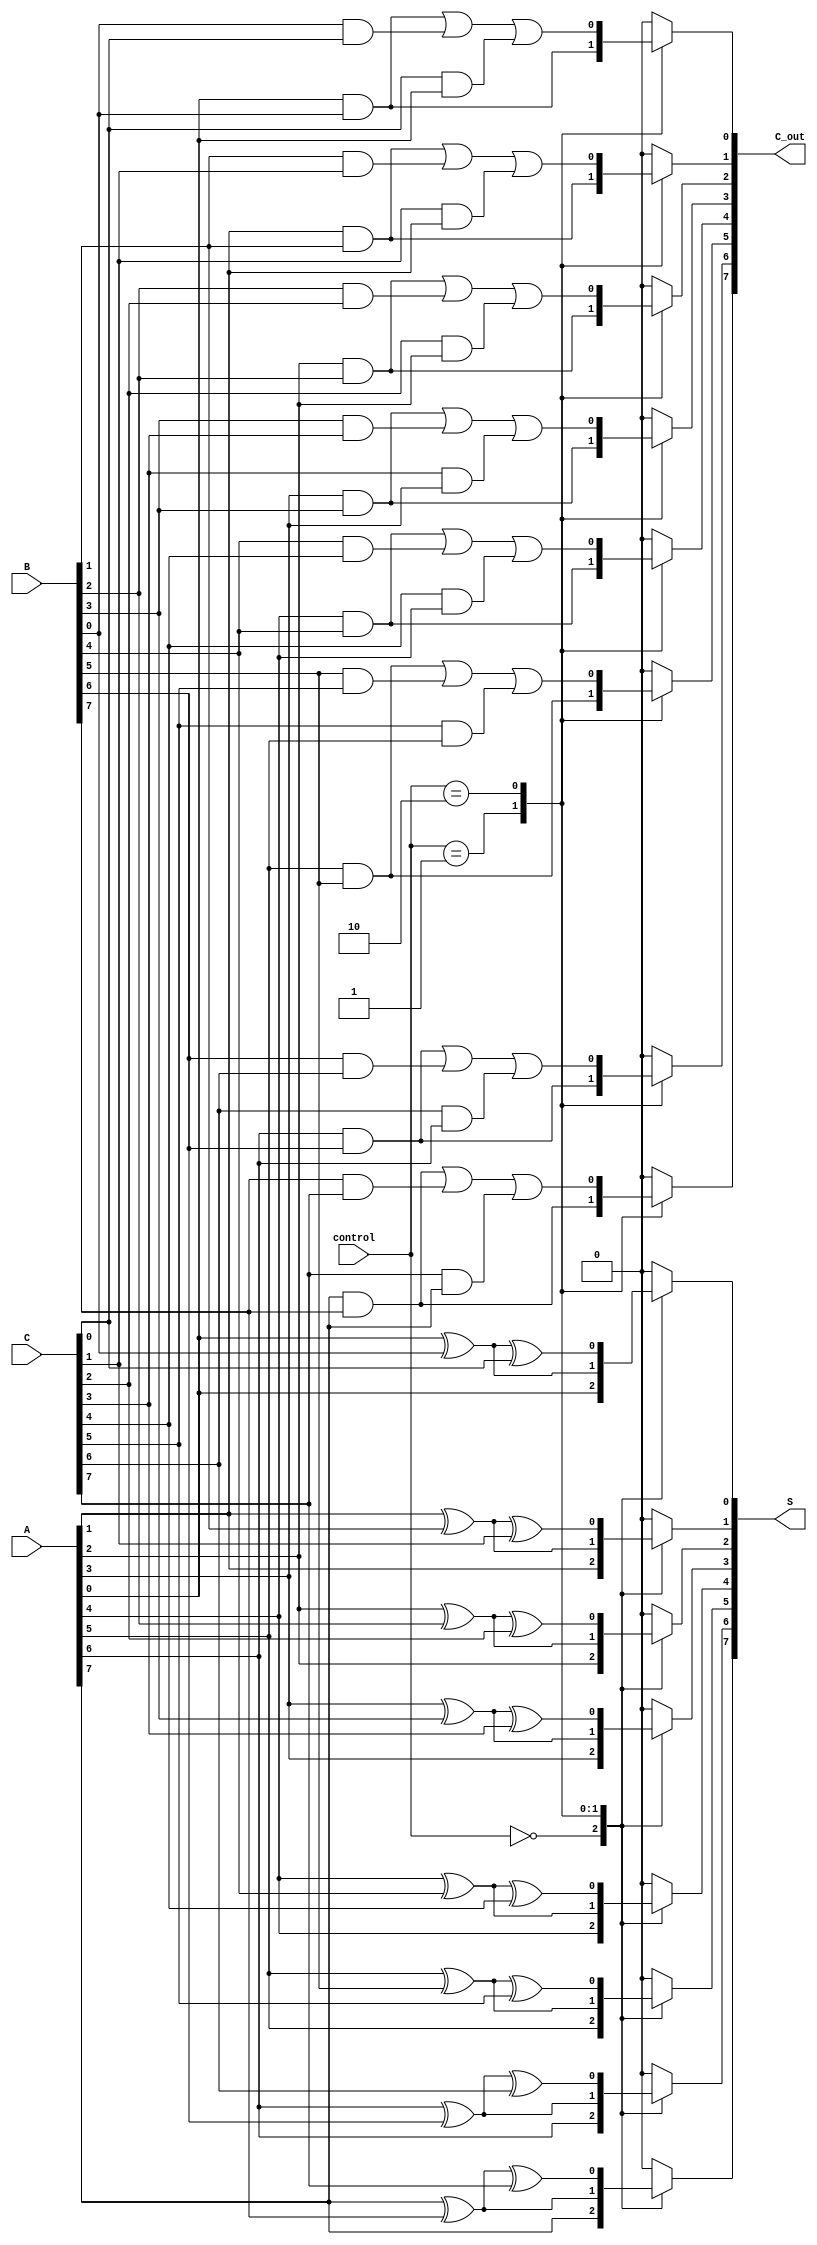
module CarrySaveAdder #(
    parameter N = 8 // Bit-width of the operands
)(
    input [N-1:0] A, // First operand
    input [N-1:0] B, // Second operand
    input [N-1:0] C, // Third operand
    input [1:0] control, // Control signal to indicate the number of operands (00: 1 operand, 01: 2 operands, 10: 3 operands)
    output reg [N-1:0] S, // Sum output
    output reg [N-1:0] C_out // Carry output
);

    reg [N-1:0] sum_temp; // Temporary sum storage
    reg [N-1:0] carry_temp; // Temporary carry storage

    integer i;

    always @(*) begin
        // Initialize outputs
        S = 0;
        C_out = 0;

        // Perform Carry Save Addition based on the control signal
        for (i = 0; i < N; i = i + 1) begin
            // Compute partial sum and carry for each bit
            case (control)
                2'b00: begin // Only A is considered
                    S[i] = A[i];
                    C_out[i] = 0;
                end
                2'b01: begin // A and B are considered
                    S[i] = A[i] ^ B[i]; // Sum
                    C_out[i] = A[i] & B[i]; // Carry
                end
                2'b10: begin // A, B, and C are considered
                    sum_temp[i] = A[i] ^ B[i] ^ C[i]; // Partial sum
                    carry_temp[i] = (A[i] & B[i]) | (B[i] & C[i]) | (C[i] & A[i]); // Partial carry

                    // Accumulate the results
                    S[i] = sum_temp[i];
                    C_out[i] = carry_temp[i];
                end
                default: begin
                    S[i] = 0;
                    C_out[i] = 0;
                end
            endcase
        end
    end

endmodule